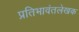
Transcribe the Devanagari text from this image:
प्रतिभावंतलेखक